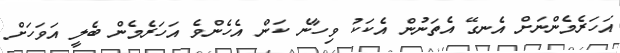
އަހަރެމެންނަށް އެނގޭ އެތަނުން އެކަކު ވިހާނެ ކަން އެހެންވެ އަހަރެމެން ބެލީ އަވަހަށް